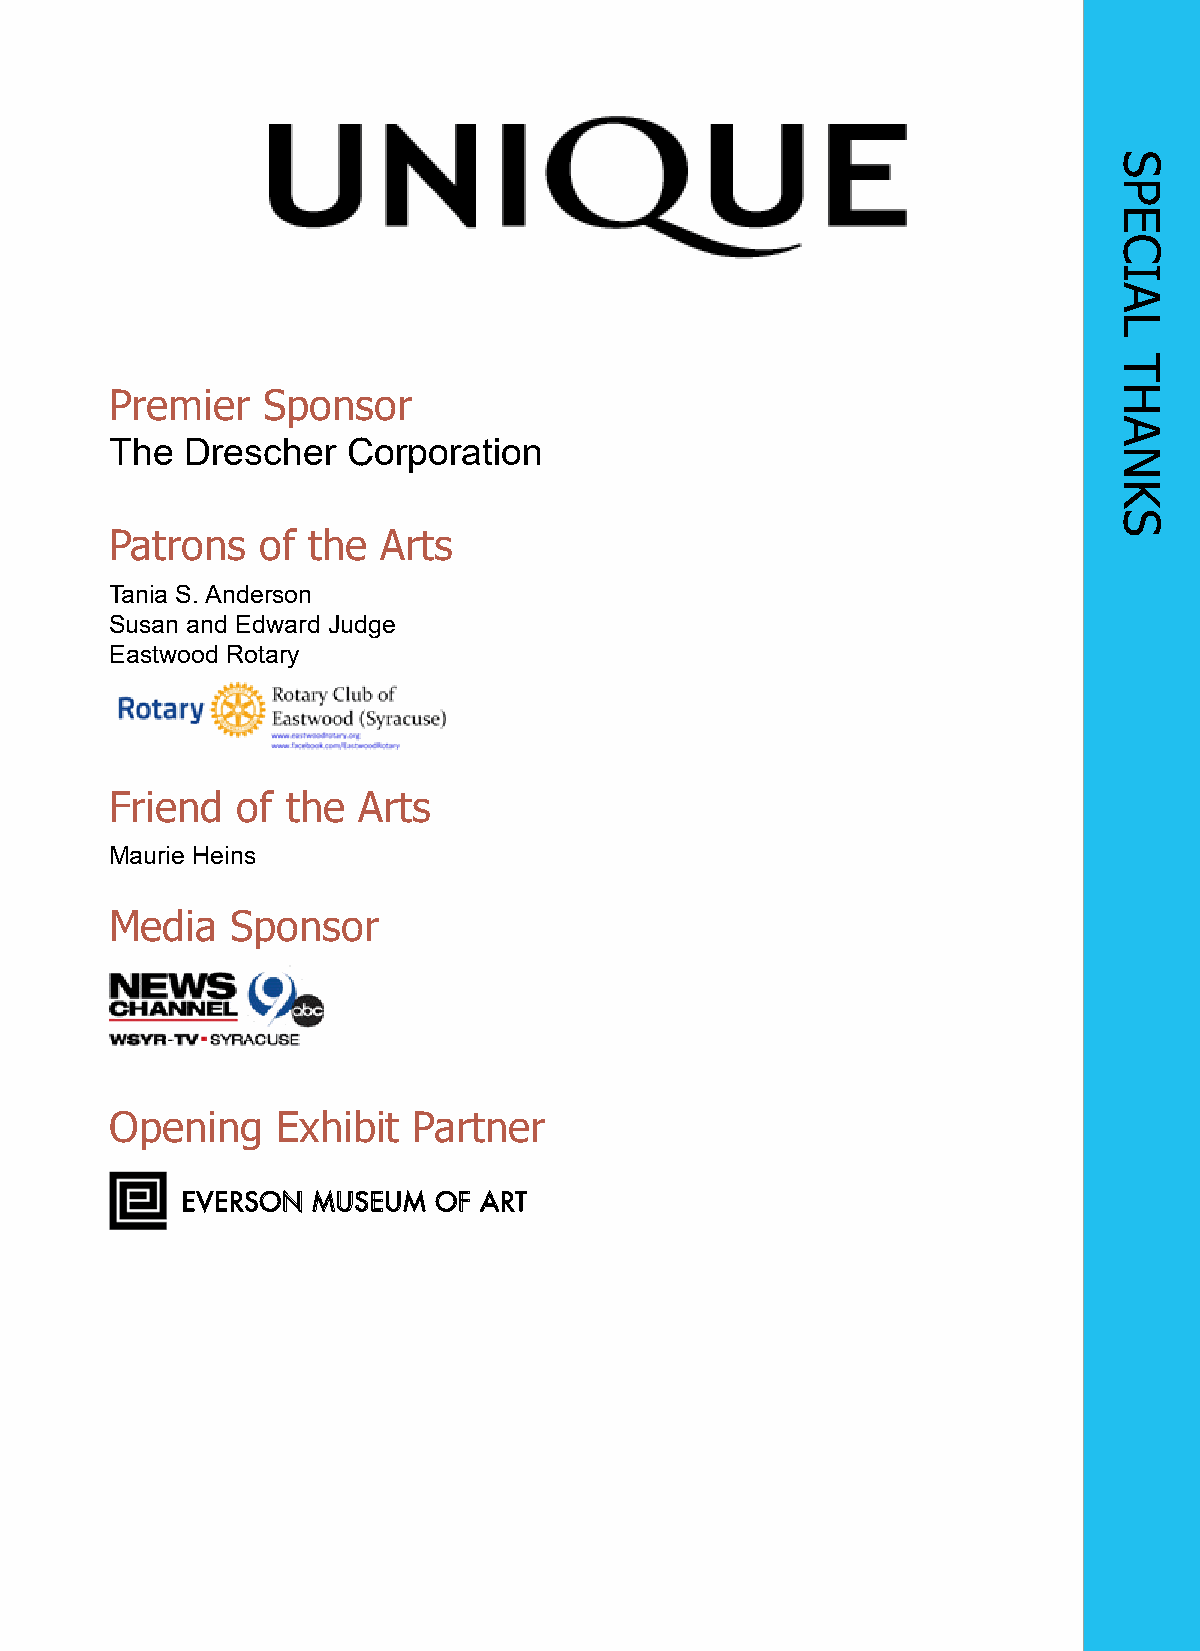
Premier   Sponsor
 The  Drescher   Corporation
 Patrons   of the  Arts
 Tania S. Anderson
 Susan and Edward Judge
 Eastwood Rotary
 Friend   of the  Arts
 Maurie Heins
 Media   Sponsor
 Opening    Exhibit  Partner
 EEVVEERRSSOONN MMUUSSEEUUMM OOFF AARRTT
 SPECIAL
 THANKS